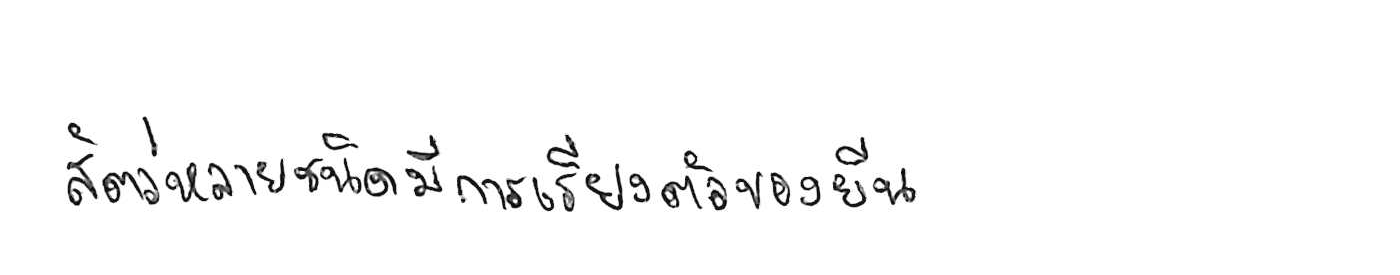
สัตว์หลายชนิดมีการเรียงตัวของยีน